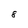
Character: 8